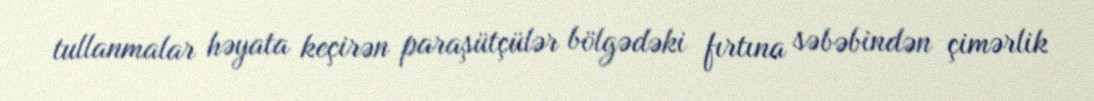
tullanmalar həyata keçirən paraşütçülər bölgədəki fırtına səbəbindən çimərlik